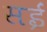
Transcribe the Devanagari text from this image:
सईं